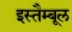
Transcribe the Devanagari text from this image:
इस्तैम्बूल